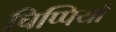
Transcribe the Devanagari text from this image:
चिप्पियाँ